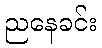
ညနေခင်း